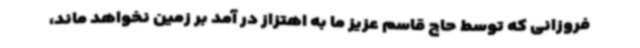
فروزانی که توسط حاج قاسم عزیز ما به اهتزاز در آمد بر زمین نخواهد ماند،